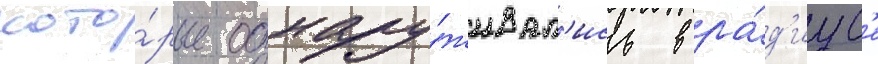
кото́рые обнару́живал'ись в ра́д'иус'е